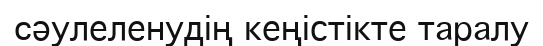
cәулеленудің кеңістікте таралу